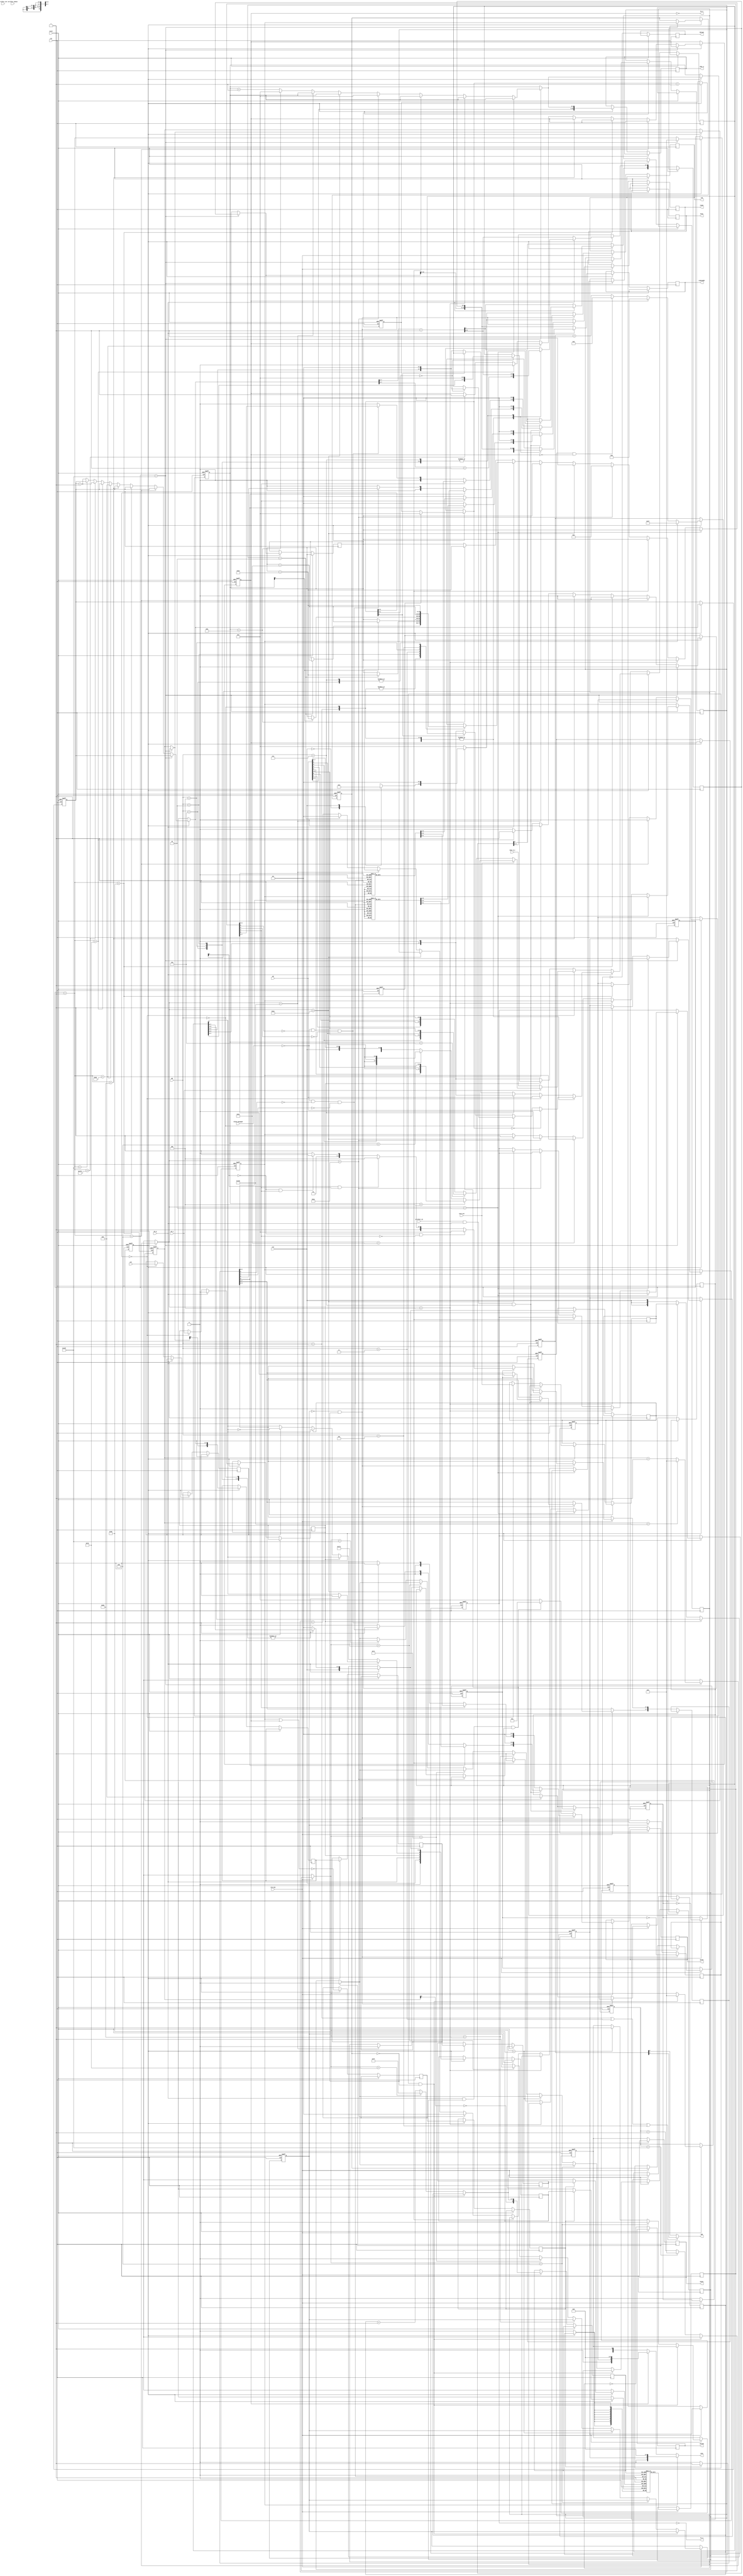
module mc6847 (
               input             clk,
               input             clk_ena,
               input             reset,
               output            da0,
               output reg [12:0] videoaddr,
               input [7:0]       dd,
               output            hs_n,
               output            fs_n,
               input             an_g,
               input             an_s,
               input             intn_ext,
               input [2:0]       gm,
               input             css,
               input             inv,
               output reg [3:0]  red,
               output reg [3:0]  green,
               output reg [3:0]  blue,
               output reg        hsync,
               output reg        vsync,
               output reg        hblank,
               output reg        vblank,
               input             artifact_en,
               input             artifact_set,
               input             artifact_phase,
               output [7:0]      cvbs,
               input             black_backgnd,
               output reg [10:0] char_a,
               input [7:0]       char_d_o
               );
   
   parameter CVBS_NOT_VGA       = 0;
   
   parameter H_FRONT_PORCH      = 8;
   parameter H_HORIZ_SYNC       = H_FRONT_PORCH + 48;
   parameter H_BACK_PORCH       = H_HORIZ_SYNC + 24;
   parameter H_LEFT_BORDER      = H_BACK_PORCH + 32;  // adjust for hblank de-assert @sys_count=6
   parameter H_LEFT_RSTADDR     = H_LEFT_BORDER - 16;
   parameter H_VIDEO            = H_LEFT_BORDER + 256;
   parameter H_RIGHT_BORDER     = H_VIDEO + 31;
   parameter H_TOTAL_PER_LINE   = H_RIGHT_BORDER;
   
   parameter V2_FRONT_PORCH     = 2;
   parameter V2_VERTICAL_SYNC   = V2_FRONT_PORCH + 2;
   parameter V2_BACK_PORCH      = V2_VERTICAL_SYNC + 12;
   parameter V2_TOP_BORDER      = V2_BACK_PORCH + 26;  // + 25;  // +25 for PAL
   parameter V2_VIDEO           = V2_TOP_BORDER + 192;
   parameter V2_BOTTOM_BORDER   = V2_VIDEO + 27;  // + 25;       // +25 for PAL
   parameter V2_TOTAL_PER_FIELD = V2_BOTTOM_BORDER;
   
   // internal version of control ports
   wire                          an_g_s;
   wire                          an_s_s;
   wire                          intn_ext_s;
   wire [2:0]                    gm_s;
   wire                          css_s;
   wire                          inv_s;
   
   // VGA signals
   reg                           vga_hsync;
   reg                           vga_vsync;
   reg                           vga_hblank;
   reg                           vga_vblank;
   reg [8:0]                     vga_linebuf_addr;
   reg [7:0]                     vga_char_d_o;
   reg                           vga_hborder;
   reg                           vga_vborder;
   
   // CVBS signals
   reg                           cvbs_clk_ena;  // PAL/NTSC*2
   reg                           cvbs_hsync;
   reg                           cvbs_vsync;
   reg                           cvbs_hblank;
   reg                           cvbs_vblank;
   //wire                    cvbs_hborder; // unused
   reg                           cvbs_vborder;
   wire                          cvbs_linebuf_we;
   reg [8:0]                     cvbs_linebuf_addr;
   
   reg                           active_h_start = 1'b0;
   reg                           an_s_r;
   reg                           inv_r;
   reg                           intn_ext_r;
   reg [7:0]                     dd_r;
   reg [7:0]                     pixel_char_d_o;
   reg [7:0]                     cvbs_char_d_o;
   wire                          hs_int = cvbs_hblank;
   reg                           fs_int;
   reg [4:0]                     da0_int;
   
   // character rom signals
   reg                           cvbs_linebuf_we_r;
   reg [8:0]                     cvbs_linebuf_addr_r;
   reg                           cvbs_linebuf_we_rr;
   reg [8:0]                     cvbs_linebuf_addr_rr;
   
   reg [5:0]                     lookup;
   reg [7:0]                     tripletaddr;
   reg [1:0]                     tripletcnt;
   
   // *******************************************************8
   
   // TODO: Initialize with 0xFF
   reg [7:0]                     VRAM [0:511];
   
   // *******************************************************8
   
   // used by both CVBS and VGA
   reg [8:0]                     v_count;
   reg [3:0]                     row_v;
   
   
   function [11:0] map_palette;
      input [7:0]                vga_char_d_o;
      // parts of input
      reg                        css_v;
      reg                        an_g_v;
      reg                        an_s_v;
      reg                        luma;
      reg [2:0]                  chroma;
      // parts of output
      reg [1:0]                  r;
      reg [1:0]                  g;
      reg [1:0]                  b;
      
      begin
         css_v  = vga_char_d_o[6];
         an_g_v = vga_char_d_o[5];
         an_s_v = vga_char_d_o[4];
         luma   = vga_char_d_o[3];
         chroma = vga_char_d_o[2:0];
         
         if (luma)
           begin
              case (chroma)
                3'b000: begin r = 2'b00; g = 2'b11; b=2'b00; end // green
                3'b001: begin r = 2'b11; g = 2'b11; b=2'b00; end // yellow
                3'b010: begin r = 2'b00; g = 2'b00; b=2'b11; end // blue
                3'b011: begin r = 2'b11; g = 2'b00; b=2'b00; end // red
                3'b100: begin r = 2'b11; g = 2'b11; b=2'b11; end // white
                3'b101: begin r = 2'b00; g = 2'b11; b=2'b11; end // cyan
                3'b110: begin r = 2'b11; g = 2'b00; b=2'b11; end // magenta
                3'b111: begin r = 2'b11; g = 2'b11; b=2'b00; end // orange
              endcase
           end
         else
           begin
              // not quite black in alpha mode
              if (black_backgnd == 1'b0 && an_g_v == 1'b0 && an_s_v == 1'b0)
                begin
                   // dark green/orange
                   r = {1'b0 , css_v};
                   g = 2'b01;
                end
              else
                begin
                   r = 2'b00;
                   g = 2'b00;
                end
              b = 2'b00;
           end
         map_palette = { r, 2'b0, g, 2'b0, b, 2'b0};
      end
   endfunction
   
   // assign control inputs for debug/release build
   assign an_g_s     = an_g;
   assign an_s_s     = an_s;
   assign intn_ext_s = intn_ext;
   assign gm_s       = gm;
   assign css_s      = css;
   assign inv_s      = inv;
   
   // generate the clocks
   reg toggle;
   always @(posedge clk, posedge reset)
     begin
        if (reset)
          begin
             toggle       <= 1'b0;
             cvbs_clk_ena <= 1'b0;
          end
        else
          begin
             cvbs_clk_ena <= 1'b0;
             if (clk_ena)
               begin
                  cvbs_clk_ena <= toggle;
                  toggle       <= !toggle;
               end
          end
     end
   
   // generate horizontal timing for VGA
   // generate line buffer address for reading VGA char_d_o
   
   reg [8:0] vga_h_count;
   reg [7:0] vga_active_h_count;
   reg       vga_vblank_r;
   
   always @(posedge clk, posedge reset)
     begin
        if (reset)
          begin
             vga_h_count    = 0;
             vga_hsync  <= 1'b1;
             vga_vsync  <= 1'b1;
             vga_hblank <= 1'b0;
          end
        else if (clk_ena)
          begin
             // start hsync when cvbs comes out of vblank
             if (vga_vblank_r == 1'b1 && vga_vblank == 1'b0)
               begin
                  vga_h_count = 0;
               end
             else
               begin
                  if (vga_h_count == H_TOTAL_PER_LINE)
                    begin
                       vga_h_count = 0;
                       vga_hborder <= 1'b0;
                    end
                  else
                    begin
                       vga_h_count = vga_h_count + 1;
                    end
                  
                  if (vga_h_count == H_FRONT_PORCH)
                    vga_hsync <= 1'b0;
                  else if (vga_h_count == H_HORIZ_SYNC)
                    vga_hsync <= 1'b1;
                  else if (vga_h_count == H_BACK_PORCH)
                    vga_hborder <= 1'b1;
                  else if (vga_h_count == H_LEFT_BORDER+1)
                    vga_hblank <= 1'b0;
                  else if (vga_h_count == H_VIDEO+1)
                    vga_hblank <= 1'b1;
                  else if (vga_h_count == H_RIGHT_BORDER)
                    vga_hborder <= 1'b0;
                  
                  if (vga_h_count == H_LEFT_BORDER)
                    vga_active_h_count = 8'b11111111;
                  else
                    vga_active_h_count = vga_active_h_count + 1;
               end
             
             // vertical syncs, blanks are the same
             vga_vsync        <= cvbs_vsync;
             // generate linebuffer address
             // - alternate every 2nd line
             vga_linebuf_addr <= {!v_count[0], vga_active_h_count};
             vga_vblank_r     = vga_vblank;
          end
     end
   
   // generate horizontal timing for CVBS
   // generate line buffer address for writing CVBS char_d_o
   
   reg [8:0] h_count;
   reg [7:0] active_h_count;
   reg       cvbs_hblank_r;
   reg [12:0] videoaddr_base;
   
   always @(posedge clk, posedge reset)
     begin
        if (reset)
          begin
             fs_int         <= 1'b0;
             h_count        = H_TOTAL_PER_LINE;
             v_count        = V2_TOTAL_PER_FIELD;
             active_h_count = 0;
             active_h_start <= 1'b0;
             cvbs_hsync     <= 1'b1;
             cvbs_vsync     <= 1'b1;
             cvbs_hblank    <= 1'b0;
             cvbs_vblank    <= 1'b1;
             vga_vblank     <= 1'b1;
             da0_int        <= 0;
             cvbs_hblank_r  = 1'b0;
             row_v          = 0;
          end
        else if (cvbs_clk_ena)
          begin
             active_h_start <= 1'b0;
             if (h_count == H_TOTAL_PER_LINE)
               begin
                  h_count = 0;
                  if (v_count == V2_TOTAL_PER_FIELD)
                    v_count = 0;
                  else
                    v_count = v_count + 1;
                  
                  // VGA vblank is 1 line behind CVBS
                  // - because we need to fill the line buffer
                  vga_vblank <= cvbs_vblank;
                  
                  if (v_count == V2_FRONT_PORCH)
                    begin
                       cvbs_vsync <= 1'b0;
                    end
                  else if (v_count == V2_VERTICAL_SYNC)
                    begin
                       cvbs_vsync <= 1'b1;
                       fs_int <= 1'b0;
                    end
                  else if (v_count == V2_BACK_PORCH)
                    begin
                       cvbs_vborder <= 1'b1;
                    end
                  else if (v_count == V2_TOP_BORDER)
                    begin
                       cvbs_vblank    <= 1'b0;
                       row_v          = 0;
                       videoaddr_base = 0;
                       tripletaddr    <= 0;
                       tripletcnt     <= 0;
                    end
                  else if (v_count == V2_VIDEO)
                    begin
                       cvbs_vblank <= 1'b1;
                       fs_int <= 1'b1;
                    end
                  else if (v_count == V2_BOTTOM_BORDER)
                    begin
                       cvbs_vborder <= 1'b0;
                    end
                  else
                    begin
                       if (an_g_s == 1'b0)
                         begin
                            if (row_v == 11)
                              videoaddr_base = videoaddr_base + 32;
                         end
                       else
                         begin
                            case (gm)
                              3'b000,3'b001:
                                if (tripletcnt == 2)
                                  videoaddr_base = videoaddr_base + 16;
                              3'b010:
                                if (tripletcnt == 2)
                                  videoaddr_base = videoaddr_base + 32;
                              3'b011:
                                if (row_v[0] == 1'b1)
                                  videoaddr_base = videoaddr_base + 16;
                              3'b100:
                                if (row_v[0] == 1'b1)
                                  videoaddr_base = videoaddr_base + 32;
                              3'b101:
                                videoaddr_base = videoaddr_base + 16;
                              3'b110, 3'b111:
                                videoaddr_base = videoaddr_base + 32;
                            endcase
                         end
                       if (tripletcnt == 2)  // mode 1,1a,2a
                         begin
                            tripletcnt  <= 0;
                            tripletaddr <= tripletaddr + 1;
                         end
                       else
                         begin
                            tripletcnt <= tripletcnt + 1;
                         end
                       if (row_v == 11)
                         row_v = 0;
                       else
                         row_v = row_v + 1;
                    end
               end
             else
               begin
                  h_count = h_count + 1;
                  
                  if (h_count == H_FRONT_PORCH)
                    cvbs_hsync <= 1'b0;
                  else if (h_count == H_HORIZ_SYNC)
                    cvbs_hsync <= 1'b1;
                  else if (h_count == H_BACK_PORCH)
                    ;
                  else if (h_count == H_LEFT_RSTADDR)
                    active_h_count = 0;
                  else if (h_count == H_LEFT_BORDER)
                    begin
                       cvbs_hblank    <= 1'b0;
                       active_h_start <= 1'b1;
                    end
                  else if (h_count == H_VIDEO)
                    begin
                       cvbs_hblank    <= 1'b1;
                       active_h_count = active_h_count + 1;
                    end
                  else if (h_count == H_RIGHT_BORDER)
                    ;
                  else
                    active_h_count = active_h_count + 1;
               end
             
             // generate character rom address
             char_a <= { dd[6:0], row_v[3:0] };
             
             // DA0 high during FS
             if (cvbs_vblank == 1'b1)
               da0_int <= 5'b11111;
             else if (cvbs_hblank == 1'b1)
               da0_int <= 5'b00000;
             else if (cvbs_hblank_r == 1'b1 && cvbs_hblank == 1'b0)
               da0_int <= 5'b01000;
             else
               da0_int <= da0_int + 1;
             
             
             cvbs_linebuf_addr    <= { v_count[0], active_h_count };
             // pipeline writes to linebuf because char_d_o is delayed 1 clock as well!
             cvbs_linebuf_we_r    <= cvbs_linebuf_we;
             cvbs_linebuf_addr_r  <= cvbs_linebuf_addr;
             cvbs_linebuf_we_rr   <= cvbs_linebuf_we_r;
             cvbs_linebuf_addr_rr <= cvbs_linebuf_addr_r;
             cvbs_hblank_r        = cvbs_hblank;
             
             if (an_g_s == 1'b0)
               begin
                  lookup[4:0] <= active_h_count[7:3] + 1;
                  videoaddr   <= { videoaddr_base[12:5] , lookup[4:0]};
               end
             else
               begin
                  case (gm)
                    3'b000, 3'b001, 3'b011, 3'b101:
                      begin
                         lookup[3:0] <= active_h_count[7:4] + 1;
                         videoaddr   <= { videoaddr_base[12:4], lookup[3:0] };
                      end
                    3'b010, 3'b100, 3'b110, 3'b111:
                      begin
                         lookup[4:0] <= active_h_count[7:3] + 1;
                         videoaddr   <= { videoaddr_base[12:5] , lookup[4:0] };
                      end
                  endcase
               end // else: !if(an_g_s == 1'b0)
          end // if (cvbs_clk_ena)
     end // always @ (posedge clk, posedge reset)
   
   // handle latching & shifting of character, graphics char_d_o
   reg[3:0] count;
   always @(posedge clk, posedge reset)
     begin
        if (reset)
          begin
             count = 0;
          end
        else if (cvbs_clk_ena)
          begin
             if (active_h_start)
               count = 0;
             if (an_g_s == 1'b0)
               // alpha-semi modes
               if (count[2:0] == 0)
                 begin
                    // handle alpha-semi latching
                    an_s_r <= an_s_s;
                    inv_r  <= inv_s;
                    intn_ext_r  <= intn_ext_s;
                    if (an_s_s == 1'b0)
                      dd_r <= char_d_o;                  // alpha mode
                    else
                      // store luma,chroma(2..0),luma,chroma(2..0)
                      if (intn_ext_s == 1'b0)           // semi-4
                        if (row_v < 6)
                          dd_r <= { dd[3], dd[6], dd[5], dd[4], dd[2], dd[6], dd[5], dd[4] };
                        else
                          dd_r <= { dd[1], dd[6], dd[5], dd[4], dd[0], dd[6], dd[5], dd[4] };
                      else            // semi-6
                        if (row_v < 4)
                          dd_r <= { dd[5], css_s, dd[7], dd[6], dd[4], css_s, dd[7], dd[6] };
                        else if (row_v < 8)
                          dd_r <= { dd[3], css_s, dd[7], dd[6], dd[2], css_s, dd[7], dd[6] };
                        else
                          dd_r <= { dd[1], css_s, dd[7], dd[6], dd[0], css_s, dd[7], dd[6] };
                 end
               else
                 begin
                    // handle alpha-semi shifting
                    if (an_s_r == 1'b0)
                      dd_r <= { dd_r[6:0], 1'b0 };  // alpha mode
                    else
                      if (count[1:0] == 0)
                        dd_r <= { dd_r[3:0], 4'b0000 };  // semi mode
                 end
             else
               begin
                  // graphics modes
                  //if IN_SIMULATION then
                  an_s_r <= 1'b0;
                  //end if;
                  case (gm_s)
                    3'b000, 3'b001, 3'b011, 3'b101:  // CG1/RG1/RG2/RG3
                      if (count[3:0] == 0)
                        // handle graphics latching
                        dd_r <= dd;
                      else
                        // handle graphics shifting
                        if (gm_s == 3'b000)
                          begin
                             if (count[1:0] == 0)
                               dd_r <= { dd_r[5:0], 2'b00 };  // CG1
                          end
                        else
                          begin
                             if (count[0] == 1'b0)
                               dd_r <= { dd_r[6:0], 1'b0 };  // RG1/RG2/RG3
                          end
                    default:  // CG2/CG3/CG6/RG6
                      if (count[2:0] == 0)
                        // handle graphics latching
                        dd_r <= dd;
                      else
                        // handle graphics shifting
                        if (gm_s == 3'b111)
                          dd_r <= { dd_r[6:0], 1'b0 };  // RG6
                        else
                          if (count[0] == 1'b0)
                            dd_r <= { dd_r[5:0], 2'b00 };  // CG2/CG3/CG6
                  endcase
               end // else: !if(count[2:0] == 0)
             count = count + 1;
          end
     end
   
   // generate pixel char_d_o
   reg luma;
   reg [2:0] chroma;
   always @(posedge clk, posedge reset)
     begin
        if (reset)
          begin
          end
        else if (cvbs_clk_ena)
          begin
             // alpha/graphics mode
             if (an_g_s == 1'b0)
               begin
                  // alphanumeric & semi-graphics mode
                  luma = dd_r[7];
                  if (an_s_r == 1'b0)
                    begin
                       // alphanumeric
                       if (intn_ext_r == 1'b0)
                         begin
                            // internal rom
                            chroma = { css_s, css_s, css_s};
                            if (inv_r == 1'b1)
                              luma = !luma;
                            // else
                            // external ROM?!?
                         end
                    end
                  else
                    chroma = dd_r[6:4];
               end  // alphanumeric/semi-graphics
             else
               begin
                  // graphics mode
                  case (gm_s)
                    3'b000:                  // CG1 64x64x4
                      begin
                         luma   = 1'b1;
                         chroma = { css_s, dd_r[7:6] };
                      end
                    3'b001, 3'b011, 3'b101:  // RG1/2/3 128x64/96/192x2
                      begin
                         luma   = dd_r[7];
                         chroma = { css_s, 2'b00 };    // green/buff
                      end
                    3'b010, 3'b100, 3'b110:  // CG2/3/6 128x64/96/192x4
                      begin
                         luma   = 1'b1;
                         chroma = { css_s, dd_r[7:6] };
                      end
                    default:                 // RG6 256x192x2
                      begin
                         luma   = dd_r[7];
                         chroma = { css_s, 2'b00 };    // green/buff
                      end
                  endcase
               end  // alpha/graphics mode
             
             // pack source char_d_o into line buffer
             // - palette lookup on output
             pixel_char_d_o <= { 1'b0, css_s, an_g_s, an_s_r, luma, chroma };
             
          end
     end
   
   // only write to the linebuffer during active display
   assign cvbs_linebuf_we = !(cvbs_vblank | cvbs_hblank);
   
   assign cvbs = cvbs_vblank ? {1'b0, cvbs_vsync, 6'b000000} :
                 cvbs_hblank ? {1'b0, cvbs_hsync, 6'b000000} :
                 cvbs_char_d_o;
   
   // assign outputs
   
   assign hs_n = !hs_int;
   assign fs_n = !fs_int;
   assign da0  = (gm_s == 3'b001 || gm_s == 3'b011 || gm_s == 3'b101) ? da0_int[4] : da0_int[3];
   
   // map the palette to the pixel char_d_o
   // -  we do that at the output so we can use a
   //    higher colour-resolution palette
   //    without using memory in the line buffer
   // for artifacting testing only
   reg [7:0] p_in;
   reg [7:0] p_out;
   reg       cnt;
   
   always @(posedge clk, posedge reset)
     begin
        if (reset)
          begin
             cnt <= 1'b0;
          end
        else
          begin
             if (CVBS_NOT_VGA)
               begin
                  if (cvbs_clk_ena)
                    begin
                       if (cvbs_hblank == 1'b0 && cvbs_vblank == 1'b0)
                         {red, green, blue} <= map_palette (vga_char_d_o);
                       else
                         {red, green, blue} <= 0;
                    end
               end
             else
               begin
                  if (clk_ena)
                    begin
                       if (vga_hblank == 1'b1)
                         begin
                            cnt  <= 1'b0;
                            p_in <= 0;
                         end
                       // artifacting test only //
                       if (vga_hblank == 1'b0 && vga_vblank == 1'b0)
                         begin
                            if (artifact_en == 1'b1 && an_g_s == 1'b1 && gm_s == 3'b111)
                              begin
                                 if (cnt != 0)
                                   begin
                                      p_out[7:4] <= vga_char_d_o[7:4];
                                      if (p_in[3] == 1'b0 && vga_char_d_o[3] == 1'b0)
                                        p_out[3:0] <= 4'b0000;
                                      else if (p_in[3] == 1'b1 && vga_char_d_o[3] == 1'b1)
                                        p_out[3:0] <= 4'b1100;
                                      else if (p_in[3] == 1'b0 && vga_char_d_o[3] == 1'b1)
                                        p_out[3:0] <= 4'b1011;  // red
                                      //p_out[3:0] <= 4'b1101;  // cyan
                                      else
                                        p_out[3:0] <= 4'b1010;  // blue
                                      //p_out[3:0] <= 4'b1111;  // orange
                                   end // if (cnt != 0)
                                 {red, green, blue} <= map_palette (p_out);
                                 p_in <= vga_char_d_o;
                              end
                            else
                              {red, green, blue} <= map_palette (vga_char_d_o);
                            cnt <= !cnt;
                         end
                       else if (an_g_s == 1'b1 && vga_hborder == 1'b1 && cvbs_vborder == 1'b1)
                         // graphics mode, either green or buff (white)
                         {red, green, blue} <= map_palette ({5'b00001, css_s, 2'b00});
                       else
                         {red, green, blue} <= 0;
                    end // if (clk_ena)
               end // else: !if(CVBS_NOT_VGA)
             
             if (CVBS_NOT_VGA)
               begin
                  hsync  <= cvbs_hsync;
                  vsync  <= cvbs_vsync;
                  hblank <= cvbs_hblank;
                  vblank <= cvbs_vblank;
               end
             else
               begin
                  hsync  <= vga_hsync;
                  vsync  <= vga_vsync;
                  hblank <= !vga_hborder;
                  vblank <= !cvbs_vborder;
               end // else: !if(CVBS_NOT_VGA)
          end // else: !if(CVBS_NOT_VGA)
     end // always @ (posedge clk, posedge reset)
   
   
   // line buffer for scan doubler gives us vga monitor compatible output
   always @(posedge clk)
     begin
        if (cvbs_clk_ena)
          if (cvbs_linebuf_we_rr == 1'b1)
            VRAM[cvbs_linebuf_addr_rr] <= pixel_char_d_o;
        if (clk_ena)
          vga_char_d_o <= VRAM[vga_linebuf_addr];
     end
   
endmodule